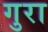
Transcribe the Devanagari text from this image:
गुरा